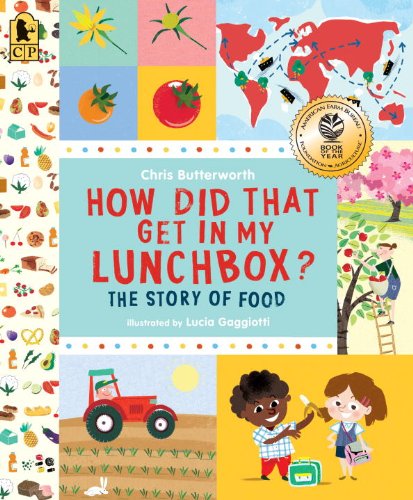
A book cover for How Did That Get in My Lunchbox?: The Story of Food; Chris Butterworth; Children's Books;